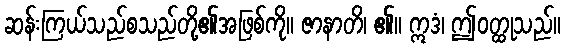
ဆန်းကြယ်သည်စသည်တို့၏အဖြစ်ကို။ ဇာနာတိ၊ ၏။ ဣဒံ၊ ဤဝတ္ထုသည်။